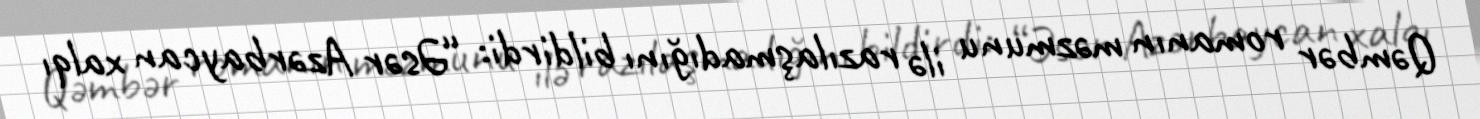
Qəmbər romanın məzmunu ilə razılaşmadığını bildirdi: “Əsər Azərbaycan xalqı